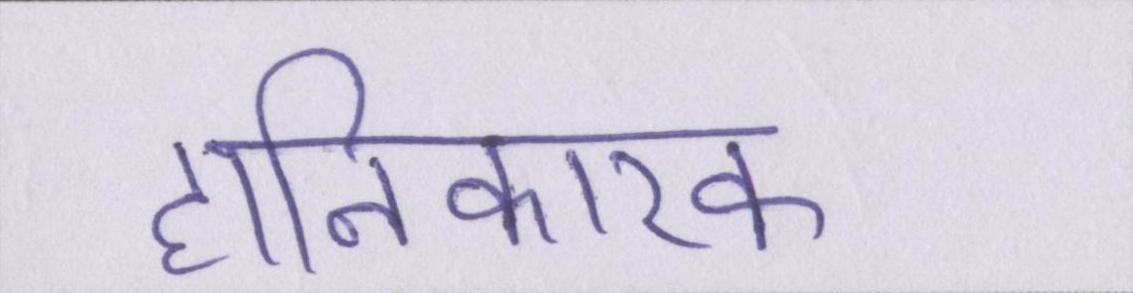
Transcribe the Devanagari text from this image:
हानिकारक